Vital statistics of India. Vol. IV, Annual returns from 1871 to 1876. British Army of India, Native Army and jails of Bengal
Year: 1871
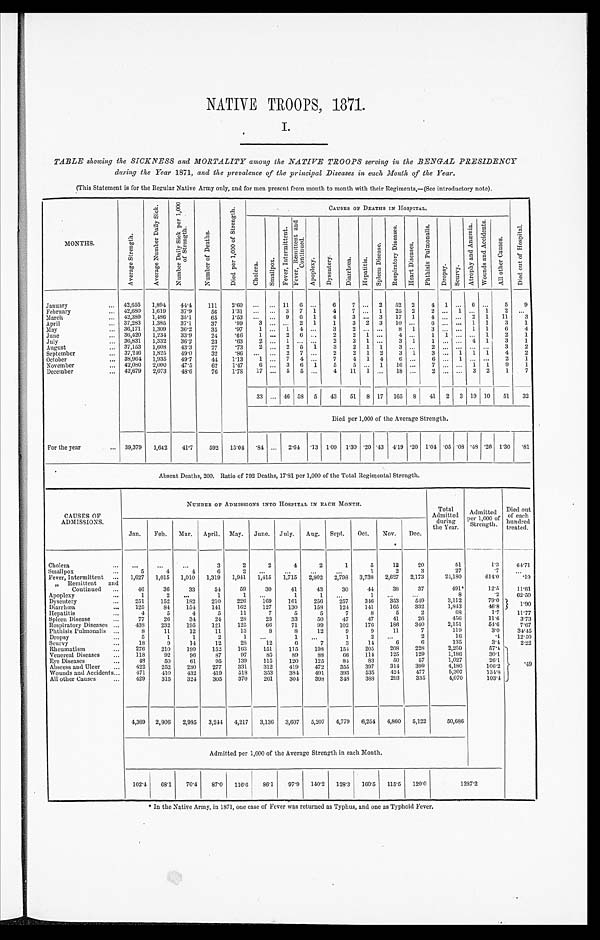
NATIVE TROOPS, 1871.
I.
TABLE showing the SICKNESS and MORTALITY among the NATIVE TROOPS serving in the BENGAL PRESIDENCY
during the Year 1871, and the prevalence of the principal Diseases in each Month of the Year.
(This Statement is for the Regular Native Army only, and for men present from month to month with their Regiments,—(See introductory note).
MONTHS.
A v e r a g e S t r e n g t h .
A v e r a g e N u m b e r D a i l y S i c k .
N u m b e r D a i l y S i c k p e r 1 , 0 0 0 o f S t r e n g t h .
N u m b e r o f D e a t h s .
D i e d p e r 1 , 0 0 0 o f S t r e n g t h .
CAUSES OF DEATHS IN HOSPITAL.
D i e d o u t o f H o s p i t a l .
C h o l e r a .
S m a l l p o x .
F e v e r , I n t e r m i t t e n t .
F e v e r , R e m i t t e n t a n d C o n t i n u e d .
A p o p l e x y .
D y s e n t e r y .
D i a r r h œ a .
H e p a t i t i s .
S p l e e n D i s e a s e .
R e s p i r a t o r y D i s e a s e s .
H e a r t D i s e a s e s .
P h t h i s i s P u l m o n a l i s . D r o p s y .
S c u r v y .
A t r o p h y a n d A n æ m i a .
W o u n d s a n d A c c i d e n t s .
A l l o t h e r C a u s e s .
January
42,655 1,894
44.4 111 2.60 ... ... 11
6
...
6
7 ... 2 52 2
4 1 ...
6
...
5
9
February
42,680 1,619
37.9
56
1.31 ...
. . .
3 7 1
4
7 ... 1 25 2
2 ... 1 ... 1
2
. . .
March
49,389 1,486
35.1
65 1.53 ... ... 9
6
1
4
3 ... 3 17 1
4
. . .
... 2 1 11
3
April
37,283 1,385 37.1
37
.99
3 ... ... 2 1
1
3 2 3 10 ...
6
... ... 1 1
3
1
May
36,171 1,309
36.2
35
.97
1 ... 1 4 ...
3
2 ... ...
8 1
3 ...
. . .
1 1
6
4
June
36,420 1,234 33.9
24
.66
1 ... 2 6 ...
2
2 1 ...
4 ...
1 1 ... ... 1
2
1
July
30,831 1,332
36.2
23
.63
2 ... 1 ...
. . .
2
3 1 ...
3 1
1 ... ... 4 1
3
1
August
37,153 1,608
43.3
27
.73
2 ... 2 5 1
3
2 1 1
3 ...
2
. . .
. . . . . .
...
3
2
September
37,246 1,825
49.0
32
. 8 6 . . .
. . .
2
7
. . .
2
2 1 2
3 1
3 ... 1 1 1
4
2
October
38,964 1,935
49.7
4 4
1.13
1 ... 7 4 ...
7
4 1 4
6
...
6 ... 1 ... ...
2
1
November
42,080 2,000
47.5
62
1.47
6 ... 3 6 1
5
5 ... 1 16 ...
7
. . .
... 1 1
9
1
December
42,679 2,073
48.6
76
1.78 17 ... 5 5 ...
4 11 1 ... 18 ...
2 ...
. . .
3 2
1
7
33 ... 46 58 5 43 51 8 17 165 8 41 2 3 19 10 51 32
Died per 1,000 of the Average Strength.
For the year
39,379 1,642
41.7
592 15.04
. 84 ... 2. 64
. 1 3
1 . 0 9 1.30 .20 .43 4.19 .20 1.04 . 05 .08 .48 .26 1.30 .81
Absent Deaths, 200. Ratio of 792 Deaths, 17.81 per 1,000 of the Total Regimental Strength.
CAUSES OF
ADMISSIONS.
NUMBER OF ADMISSIONS INTO HOSPITAL IN EACH MONTH.
Total
Admitted
during
the Year.
Admitted
per 1,000 of
S t r e n g t h .
Died out
of each
hundred
treated.
Jan. Feb. Mar. April. May. June. July. Aug. Sept. Oct. Nov. Dec.
Cholera
. . .
...
...
3
2
2
4
2
1
5
12
20
51
1.3
64.71
S m a l l p o x 5
4
4
6
2
. . .
...
...
...
1
2
3
27
.7
. . .
Fever, Intermittent
1,627 1,015 1,010 1,319 1,941 1,415 1,715 2,802 2,798 3,738 2,627 2,173
24,180
614.0
. 1 9
” Remittent and
Continued
46
36
33
54
59
30
41
43
30
44
38
37
491*
12.5
11.81
A p o p l e x y 1
2 ...
1
1
. . .
1
1
. . .
1
. . .
...
8
.2
62.50
Dysentery
2 5 1
152
182
210
226
169
161
256
257
346 353
549
3,112
79.0
1 . 9 0
Diarrhœa
125
84
154 141
162
127
130
158
124
141
165 332
1,843
46.8
Hepatitis
4
5
4
5
11
7
5
5
7
8
5
2
68
1 . 7
11.77
Spleen Disease
7 7
26
34
24
28
23
33
50
47
47
41
26
456
11.6
3.73
Respiratory Diseases
438
232
195
121
125
66
71
99
102
176
186
340
2,151
54.6
7.67
Phthisis Pulmonalis
8
11
12
11
13
8
8
12
9
9
11
7
119
3.0
34.45
Dropsy
5
1
1
2
1
. . .
1
. . .
1
2
. . .
2
16
.4
12.50
Scurvy
18
9
14
12
28
12
6
7
3
14
6
6
135
3.4
2.22
Rheumatism
276
210
199
152
163
151
115
198
154 205
208
228
2,259
57.4
. 4 9
Venereal Diseases
118
92
96
87
97
85
89
88
66
114 125 129
1,186
30.1
Eye Diseases
4 8
50
61
95
139
115
120
125
84
83
50
57
1,027
26.1
Abscess and Ulcer
422
252
230
277
331
312
419
479
355
397
314
399
4,180
106.2
Wounds and Accidents
471
410
432
419
518
353
384 491
393
535
424
477
5,307
134.8
All other Causes
429
315
324
305 370
261
304
398
348
388
293
333
4,070
103.4
4,369 2,906 2,985 3,244 4,217 3,136 3,607 5,207 4,779 6,254 4,860 5,122
50,686
Admitted per 1,000 of the Average Strength in each Month.
102.4 68.1
70.4 87.0 116.6 86.1 97.9 140.2 128.3 160.5 115.5 120.0
1 2 8 7 . 2
* In the Native Army, in 1871, one case of Fever was returned as Typhus, and one as Typhoid Fever.